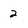
Character: 2